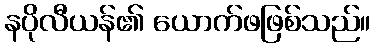
နပိုလီယန်၏ ယောက်ဖဖြစ်သည်။